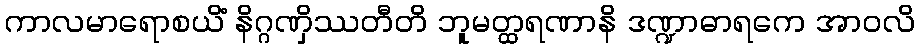
ကာလမာရောစယိံ နိဂ္ဂဏှိဿတီတိ ဘူမတ္ထရဏာနိ ဒဏ္ဍာဓာရကေ အာဝလိ